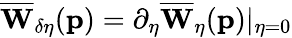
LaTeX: \overline{{\mathbf{W}}}_{\delta\eta}(\mathbf{p})=\partial_{\eta}\overline{{\mathbf{W}}}_{\eta}(\mathbf{p})\vert_{\eta=0}